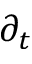
\partial _ { t }